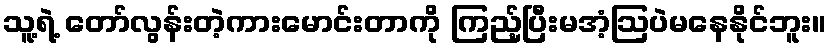
သူ့ရဲ့ တော်လွန်းတဲ့ကားမောင်းတာကို ကြည့်ပြီးမအံ့ဩပဲမနေနိုင်ဘူး။